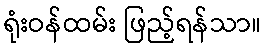
ရုံးဝန်ထမ်း ဖြည့်ရန်သာ။